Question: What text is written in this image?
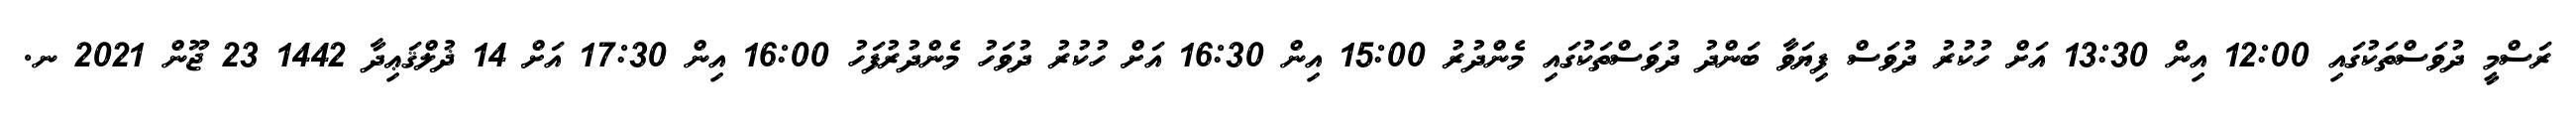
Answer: ރަސްމީ ދުވަސްތަކުގައި 12:00 އިން 13:30 އަށް ހުކުރު ދުވަސް ފިޔަވާ ބަންދު ދުވަސްތަކުގައި މެންދުރު 15:00 އިން 16:30 އަށް ހުކުރު ދުވަހު މެންދުރުފަހު 16:00 އިން 17:30 އަށް 14 ޛުލްޤަޢިދާ 1442 23 ޖޫން 2021 ނ.